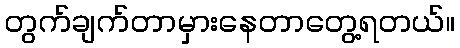
တွက်ချက်တာမှားနေတာတွေ့ရတယ်။